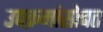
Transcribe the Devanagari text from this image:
उपक्रमांसोबत